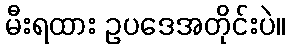
မီးရထား ဥပဒေအတိုင်းပဲ။